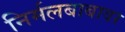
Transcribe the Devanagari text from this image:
निर्मलबाबावर